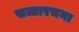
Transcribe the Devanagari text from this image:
सत्तारचना